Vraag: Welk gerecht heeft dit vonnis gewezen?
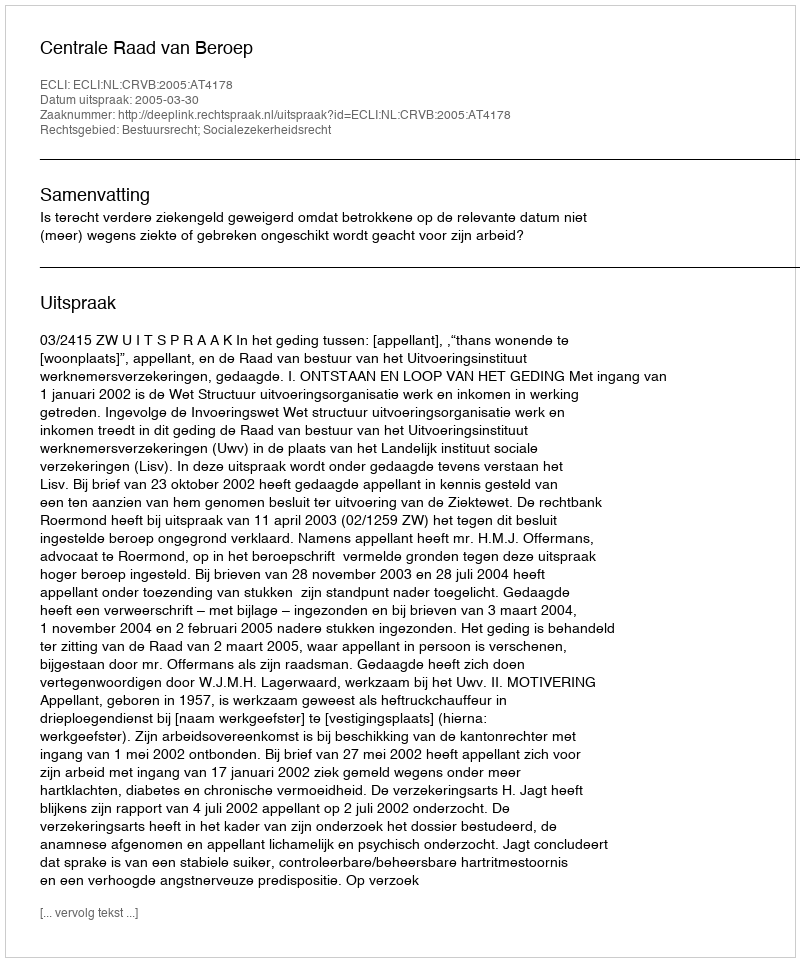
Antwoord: Centrale Raad van Beroep